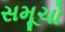
સમૂચો